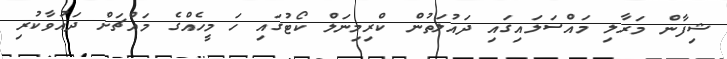
ޝިފާން މަރާލި މައްސަލައިގައި ދައުލަތުން ކްރިމިނަލް ކޯޓުގައި ހަ މީހެއްގެ މައްޗަށް ދައުވާކުރި